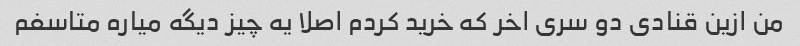
من ازین قنادی دو سری اخر که خرید کردم اصلا یه چیز دیگه میاره متاسفم